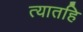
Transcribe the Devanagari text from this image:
त्यातहि